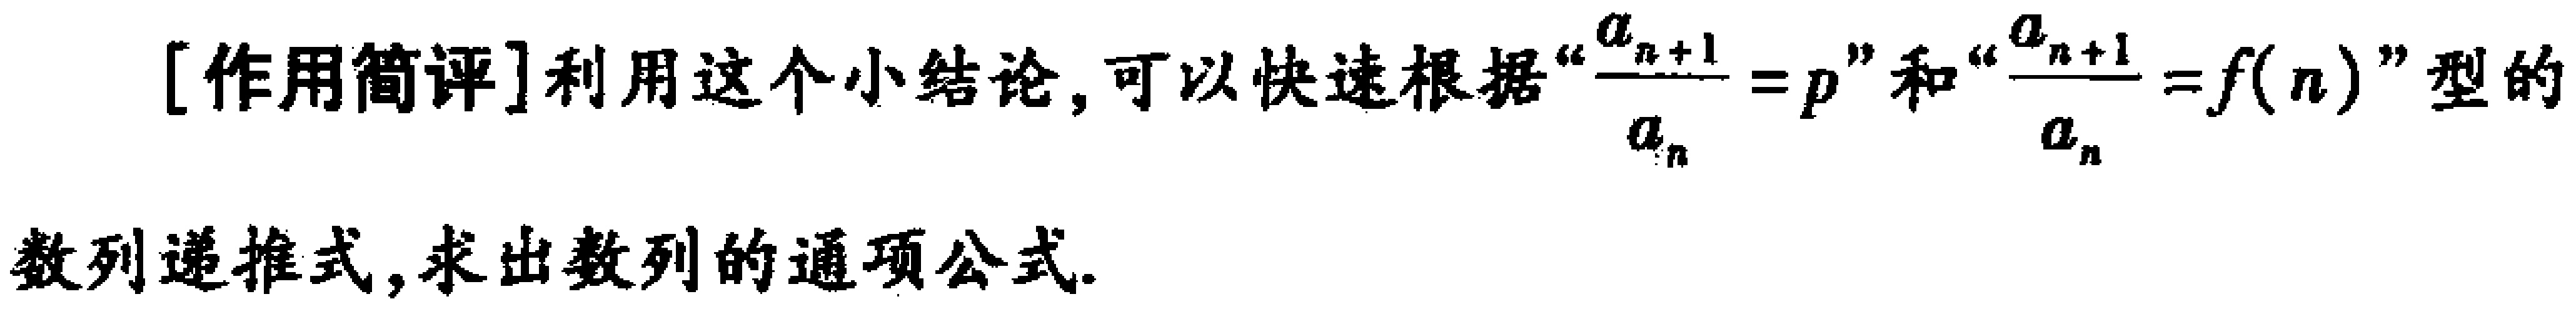
[作用简评]利用这个小结论，可以快速根据“\(\frac{a_{n + 1}}{a_{n}} = p\)”和“\(\frac{a_{n + 1}}{a_{n}} = f(n)\)”型的
数列递推式，求出数列的通项公式.